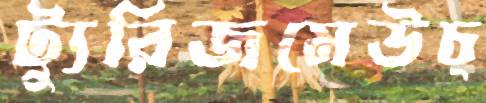
ট্যুরিজমেউচ্